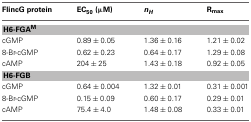
| FlincG protein | EC50 (μM) | nH | Rmax |
 | --- | --- | --- | --- |
 | <COLSPAN=4> H6-FGAM |
 | cGMP | 0.89 ± 0.05 | 1.36 ± 0.16 | 1.21 ± 0.02 |
 | 8-Br-cGMP | 0.62 ± 0.23 | 0.64 ± 0.17 | 1.29 ± 0.08 |
 | cAMP | 204 ± 25 | 1.43 ± 0.18 | 0.92 ± 0.05 |
 | <COLSPAN=4> H6-FGB |
 | cGMP | 0.64 ± 0.004 | 1.32 ± 0.01 | 0.31 ± 0.001 |
 | 8-Br-cGMP | 0.15 ± 0.09 | 0.60 ± 0.17 | 0.29 ± 0.01 |
 | cAMP | 75.4 ± 4.0 | 1.48 ± 0.08 | 0.33 ± 0.01 |